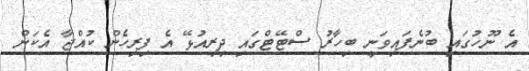
އެ ނޫހުގައި ބުނެފައިވަނީ ބިހާރު ސްޓޭޓްގައި ދިރިއުޅޭ އެ ފިރިހެން ކުއްޖާ އެކަން